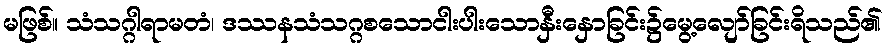
မဖြစ်။ သံသဂ္ဂါရာမတံ၊ ဒဿနသံသဂ္ဂစသောငါးပါးသောနှီးနှောခြင်း၌မွေ့လျော်ခြင်းရိသည်၏